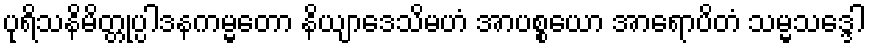
ပုရိသနိမိတ္တုပ္ပါဒနကမ္မတော နိယျာဒေသိမဟံ အာပစ္စယော အာရောပိတံ သမ္မသဒ္ဒေါ